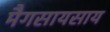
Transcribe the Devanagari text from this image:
मैगसायसाय